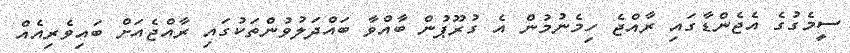
ސީމެގުގެ އެޖެންޑާގައި ރާއްޖެ ހިމެނުމުން އެ ގުރޫޕުން ބާއްވާ ބައްދަލުވުންތަކުގައި ރާއްޖެއަށް ބައިވެރިއެއް